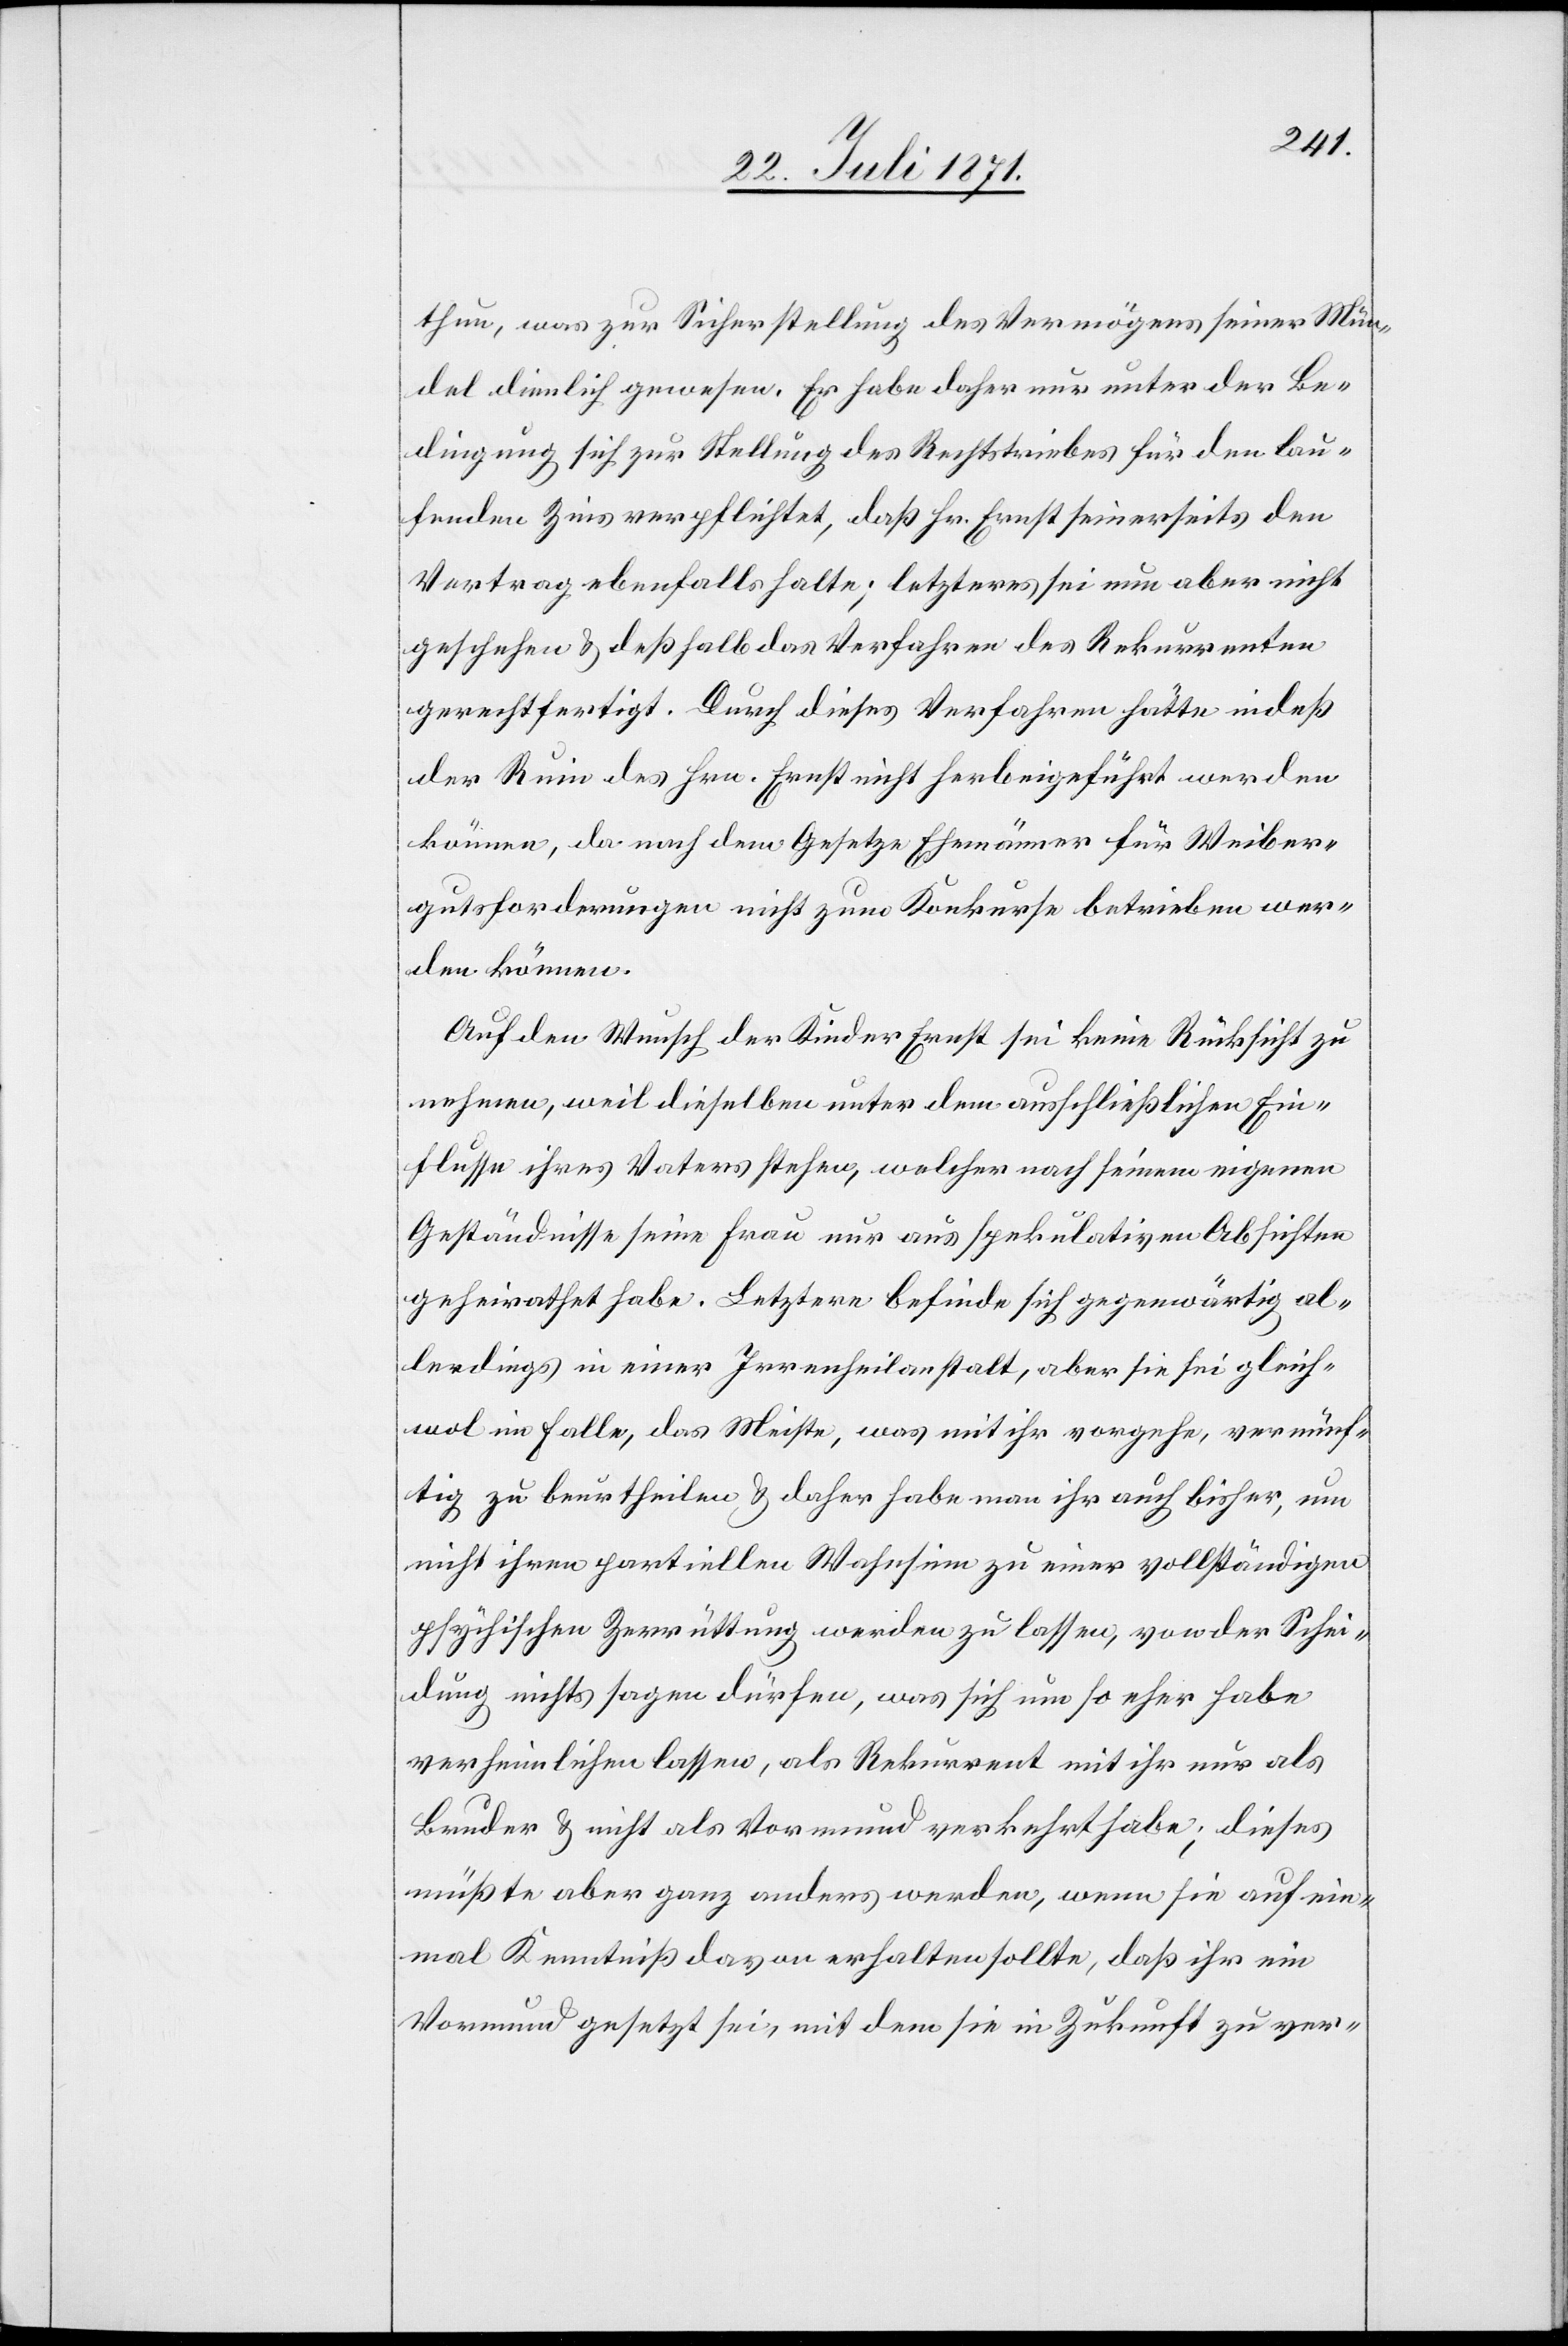
thun, was zur Sicherstellung des Vermögens seiner Mün¬
del dienlich gewesen. Er habe daher nur unter der Be¬
dingung sich zur Stellung des Rechtstriebes für den lau¬
fenden Zins verpflichtet, daß Hr. Ernst seinerseits den
Vertrag ebenfalls hatte; letzteres sei nun aber nicht
geschehen u. deßhalb das Verfahren des Rekurrenten
gerechtfertigt. Durch dieses Verfahren hätte indeß
der Ruin des Hrn. Ernst nicht herbeigeführt werden
können, da nach dem Gesetze Ehemänner für Weiber¬
gutsforderungen nicht zum Konkurse betreiben wer¬
den können.
Auf den Wunsch der Kinder Ernst sei keine Rücksicht zu
nehmen, weil dieselben unter dem ausschließlichen Ein¬
flusse ihres Vaters stehen, welcher nach seinem eigenen
Geständnisse seine Frau nur aus spekulativen Absichten
geheirathet habe. Letztere befinde sich gegenwärtig al¬
lerdings in einer Irrenheilanstalt, aber sie sei gleich¬
wol im Falle, das Meiste, was mit ihr vorgehe, vernünf¬
tig zu beurtheilen u. daher habe man ihr auch bisher, um
nicht ihren partiellen Wahnsinn zu einer vollständigen
psychischen Zerrüttung werden zu lassen, von der Schei¬
dung nichts sagen dürfen, was sich um so eher habe
verheimlichen lassen, als Rekurrent mit ihr nur als
Bruder u. nicht als Vormund verkehrt habe; dieses
müßte aber ganz anders werden, wenn sie auf ein¬
mal Kenntniß davon erhalten sollte, daß ihr ein
Vormund gesetzt sei, mit dem sie in Zukunft zu ver-